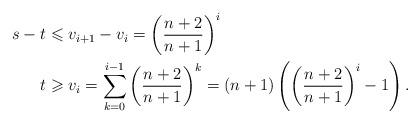
LaTeX: \begin{align*} s-t &\leqslant v_{i+1}-v_i = \left(\dfrac{n+2}{n+1}\right)^i \\ t &\geqslant v_i = \sum_{k=0}^{i-1} \left(\dfrac{n+2}{n+1}\right)^k = (n+1)\left( \left(\dfrac{n+2}{n+1}\right)^i -1\right). \end{align*}